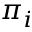
\pi _ { i }